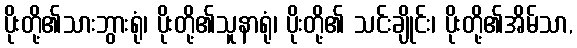
ပိုးတို့၏သားဘွားရုံ၊ ပိုးတို့၏သူနာရုံ၊ ပိုးတို့၏ သင်းချိုင်း၊ ပိုးတို့၏အိမ်သာ,